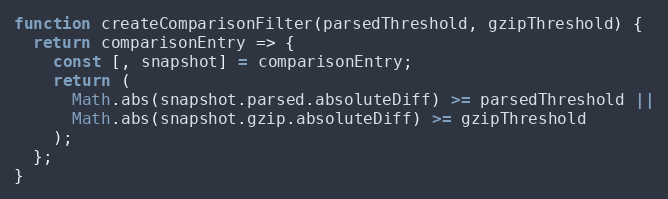
Language: JavaScript
function createComparisonFilter(parsedThreshold, gzipThreshold) {
  return comparisonEntry => {
    const [, snapshot] = comparisonEntry;
    return (
      Math.abs(snapshot.parsed.absoluteDiff) >= parsedThreshold ||
      Math.abs(snapshot.gzip.absoluteDiff) >= gzipThreshold
    );
  };
}